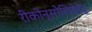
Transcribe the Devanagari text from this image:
रीकोन्सोलिदेटेद्